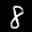
Label: 8